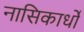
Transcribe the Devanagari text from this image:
नासिकार्धों